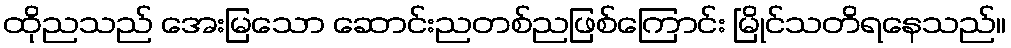
ထိုညသည် အေးမြသော ဆောင်းညတစ်ညဖြစ်ကြောင်း မြိုင်သတိရနေသည်။